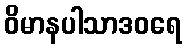
ဝိမာနပါသာဒဝရေ